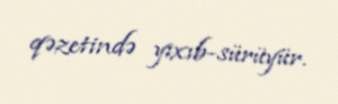
qəzetində yıxıb-sürüyür.